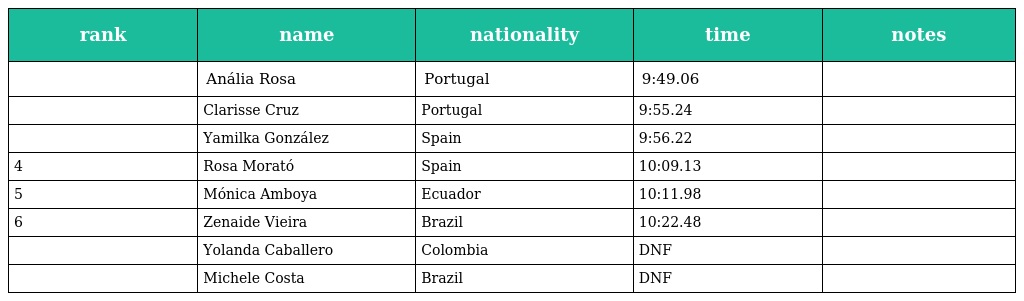
| rank | name | nationality | time | notes |
 | --- | --- | --- | --- | --- |
 |  | Anália Rosa | Portugal | 9:49.06 |  |
 |  | Clarisse Cruz | Portugal | 9:55.24 |  |
 |  | Yamilka González | Spain | 9:56.22 |  |
 | 4 | Rosa Morató | Spain | 10:09.13 |  |
 | 5 | Mónica Amboya | Ecuador | 10:11.98 |  |
 | 6 | Zenaide Vieira | Brazil | 10:22.48 |  |
 |  | Yolanda Caballero | Colombia | DNF |  |
 |  | Michele Costa | Brazil | DNF |  |